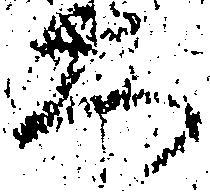
大